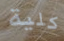
كلية